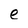
Character: e